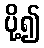
ပို့၍